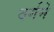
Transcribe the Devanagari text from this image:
वर्गने